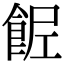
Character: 𩛐